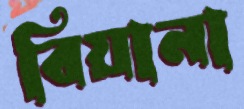
বিয়ানা